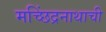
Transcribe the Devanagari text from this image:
मच्छिंद्रनाथाची